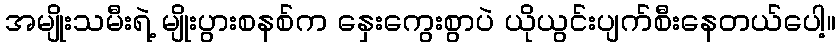
အမျိုးသမီးရဲ့ မျိုးပွားစနစ်က နှေးကွေးစွာပဲ ယိုယွင်းပျက်စီးနေတယ်ပေါ့။